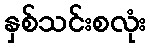
နှစ်သင်းစလုံး